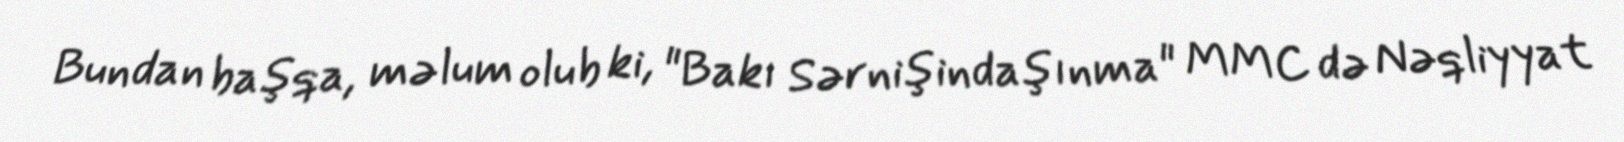
Bundan başqa, məlum olub ki, "Bakı Sərnişindaşınma" MMC də Nəqliyyat